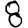
Digit: 8